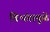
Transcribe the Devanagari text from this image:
विभंगामुळे